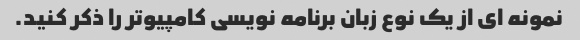
نمونه ای از یک نوع زبان برنامه نویسی کامپیوتر را ذکر کنید.